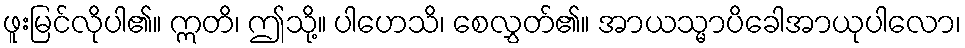
ဖူးမြင်လိုပါ၏။ ဣတိ၊ ဤသို့။ ပါဟေသိ၊ စေလွှတ်၏။ အာယသ္မာပိခေါအာယုပါလော၊